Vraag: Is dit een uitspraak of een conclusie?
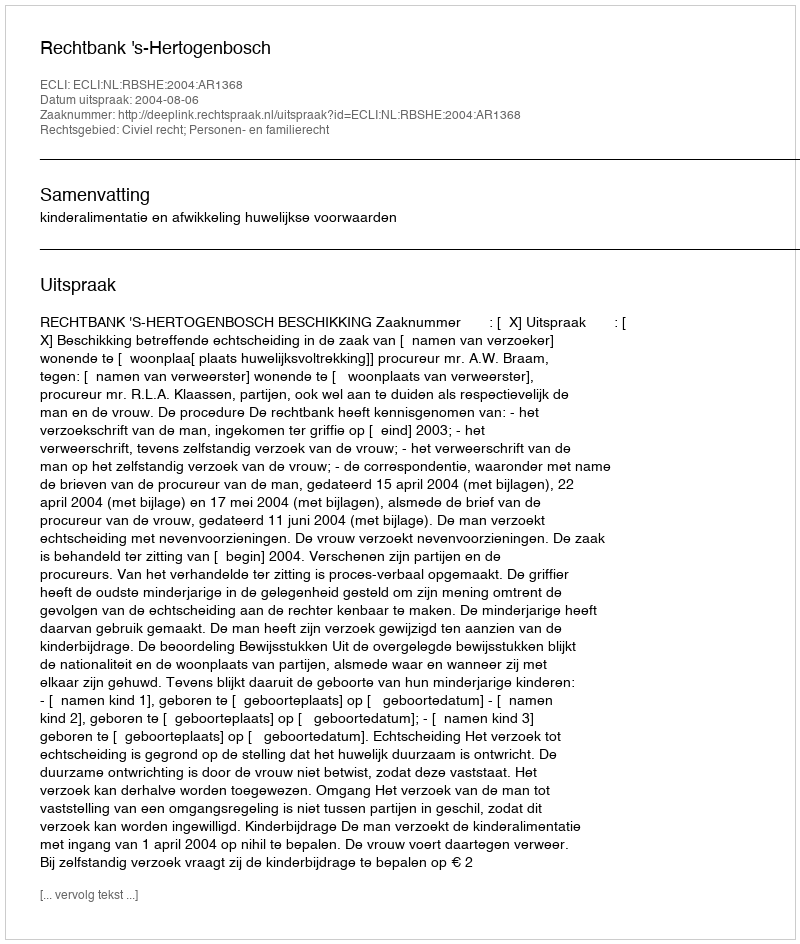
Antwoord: Uitspraak